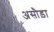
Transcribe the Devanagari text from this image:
असौड़ा